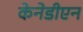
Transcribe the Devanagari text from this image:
केनेडीएन